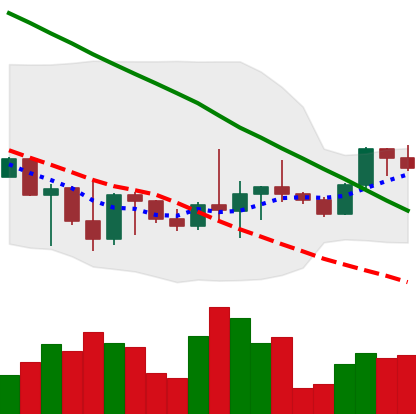
Ticker: BTC-USD
Chart end date: 2022-10-06
Forward return: -4.53%
Label: down_3_5